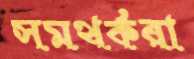
সমথর্করা